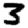
Digit: 3